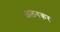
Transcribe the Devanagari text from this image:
अलगकर